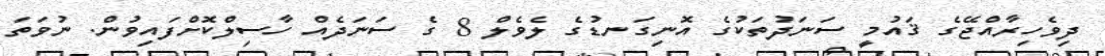
ދިވެހިރާއްޖޭގެ ޤައުމީ ސަނަދުތަކުގެ އޮނިގަނޑުގެ ލެވެލް 8 ގެ ސަނަދެއް ހާސިލްކޮށްފައިވުން. ނުވަތަ